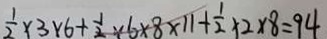
\frac { 1 } { 2 } \times 3 \times 6 + \frac { 1 } { 2 } \times 6 \times 8 \times 1 1 + \frac { 1 } { 2 } \times 2 \times 8 = 9 4